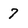
Character: 7